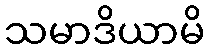
သမာဒိယာမိ